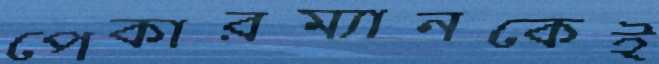
পেকারম্যানকেই